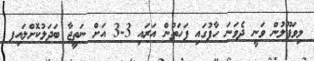
ލިވަޕޫލުން ވަނީ ދެވަނަ ހާފުގައި ފަހަތުން އަރައި 3-3 އަށް ނަތީޖާ ބަދަލުކޮށްލައިފ